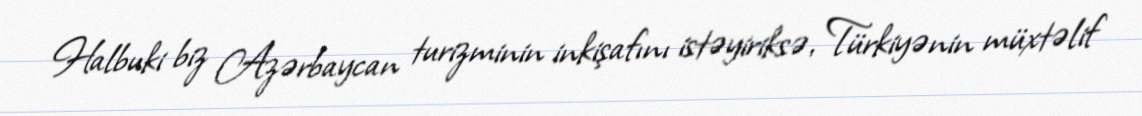
Halbuki biz Azərbaycan turizminin inkişafını istəyiriksə, Türkiyənin müxtəlif